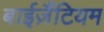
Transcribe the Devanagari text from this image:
बाईज़ैंटियम